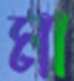
মা